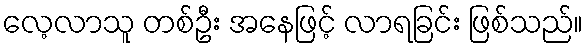
လေ့လာသူ တစ်ဦး အနေဖြင့် လာရခြင်း ဖြစ်သည်။